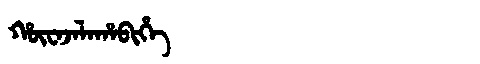
Manchu: ᡥᡡᠸᠠᠵᠠᠯᠠᡥᠠᠪᡳᡥᡝ
Romanization: HŪWAJALAHABIHE